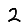
Digit: 2